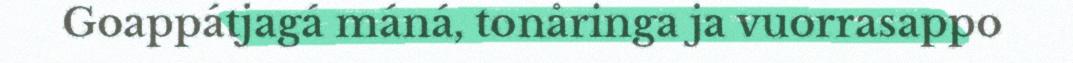
Goappátjagá máná, tonåringa ja vuorrasappo